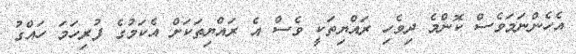
އެހެންނަމަވެސް ކޮންމެ ދިވެހި ރައްޔިތަކީ ވެސް އެ ރައްޔިތަކަށް އެކަމުގެ ފުރިހަމަ ހައްގު